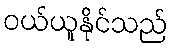
ဝယ်ယူနိုင်သည်